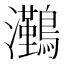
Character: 𭳻